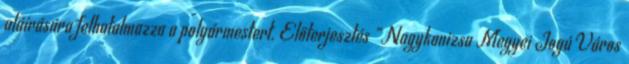
aláírására felhatalmazza a polgármestert. Előterjesztés “Nagykanizsa Megyei Jogú Város